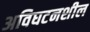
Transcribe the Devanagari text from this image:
अविघटनशील